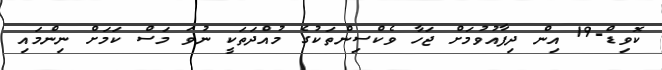
ކޮވިޑް-19 އިން ދިފާއުވުމަށް ޖަހާ ވެކްސިންތަކުގެ މުއްދަތަކީ ނުވަ މަސް ކަމަށް ނިންމައި